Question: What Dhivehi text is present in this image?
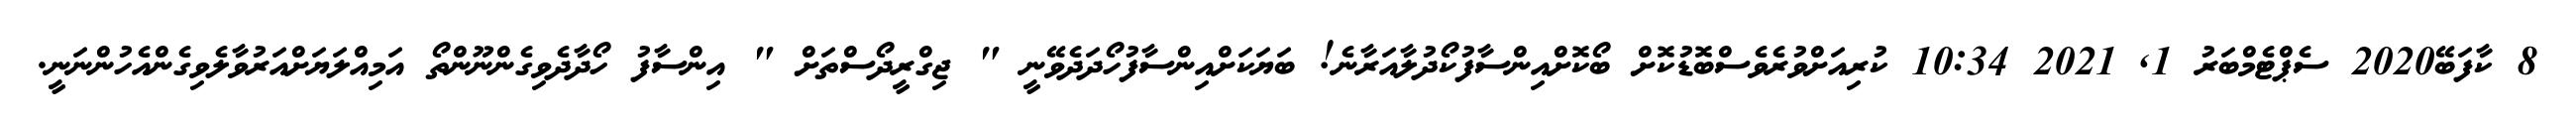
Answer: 8 ކާފަބޭ2020 ސެޕްޓެމްބަރު 1, 2021 10:34 ކުރިއަށްވުރެވެސްބޮޑުކޮށް ބޯކޮށްއިންސާފުކޯދުލާއަރާނެ! ބަޔަކަށްއިންސާފުހޯދަދެވޭނީ " ޖިގްރީދޯސްތަށް " އިންސާފު ހޯދާދެވިގެންނޫންތޯ އަމިއްލަޔަށްއަރުވާލެވިގެންއެހުންނަނީ.